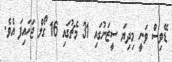
ޑޭވިސް ވަނީ މިދިޔަ ސީޒަނުގައި 31 މެޗުގައި 16 ގޯލް ޖަހައިފަ އެވެ.